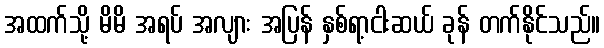
အထက်သို့ မိမိ အရပ် အလျား အပြန် နှစ်ရာ့ငါးဆယ် ခုန် တက်နိုင်သည်။